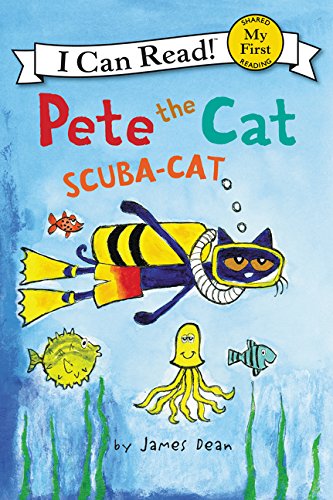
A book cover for Pete the Cat: Scuba-Cat (My First I Can Read); James Dean; Children's Books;